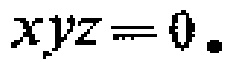
\(xyz = 0.\)